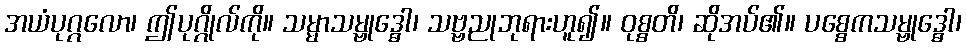
အယံပုဂ္ဂလော၊ ဤပုဂ္ဂိုလ်ကို။ သမ္မာသမ္ဗုဒ္ဓေါ၊ သဗ္ဗညုဘုရားဟူ၍။ ဝုစ္စတိ၊ ဆိုအပ်၏။ ပစ္စေကသမ္ဗုဒ္ဓေါ၊